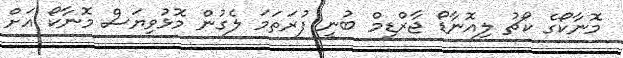
މޮޮނާކޯގެ ކޯޗު ލިއޮނާޑޯ ޖާރްޑިމް ބުނީ ފުރަތަމަ ލެގުން މޮޅުވިޔަަސް މޮނާކޯ އަށް